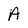
Character: A